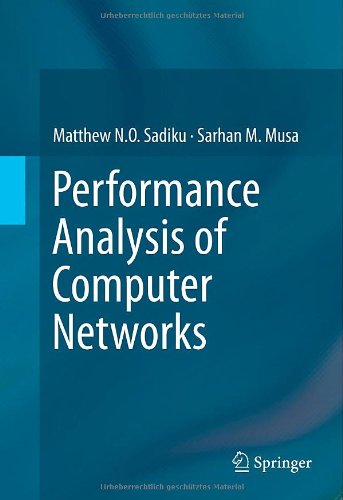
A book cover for Performance Analysis of Computer Networks; Matthew N.O. Sadiku; Computers & Technology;